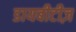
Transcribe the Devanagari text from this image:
डायबीटीज़